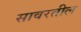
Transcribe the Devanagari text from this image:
सावरतील